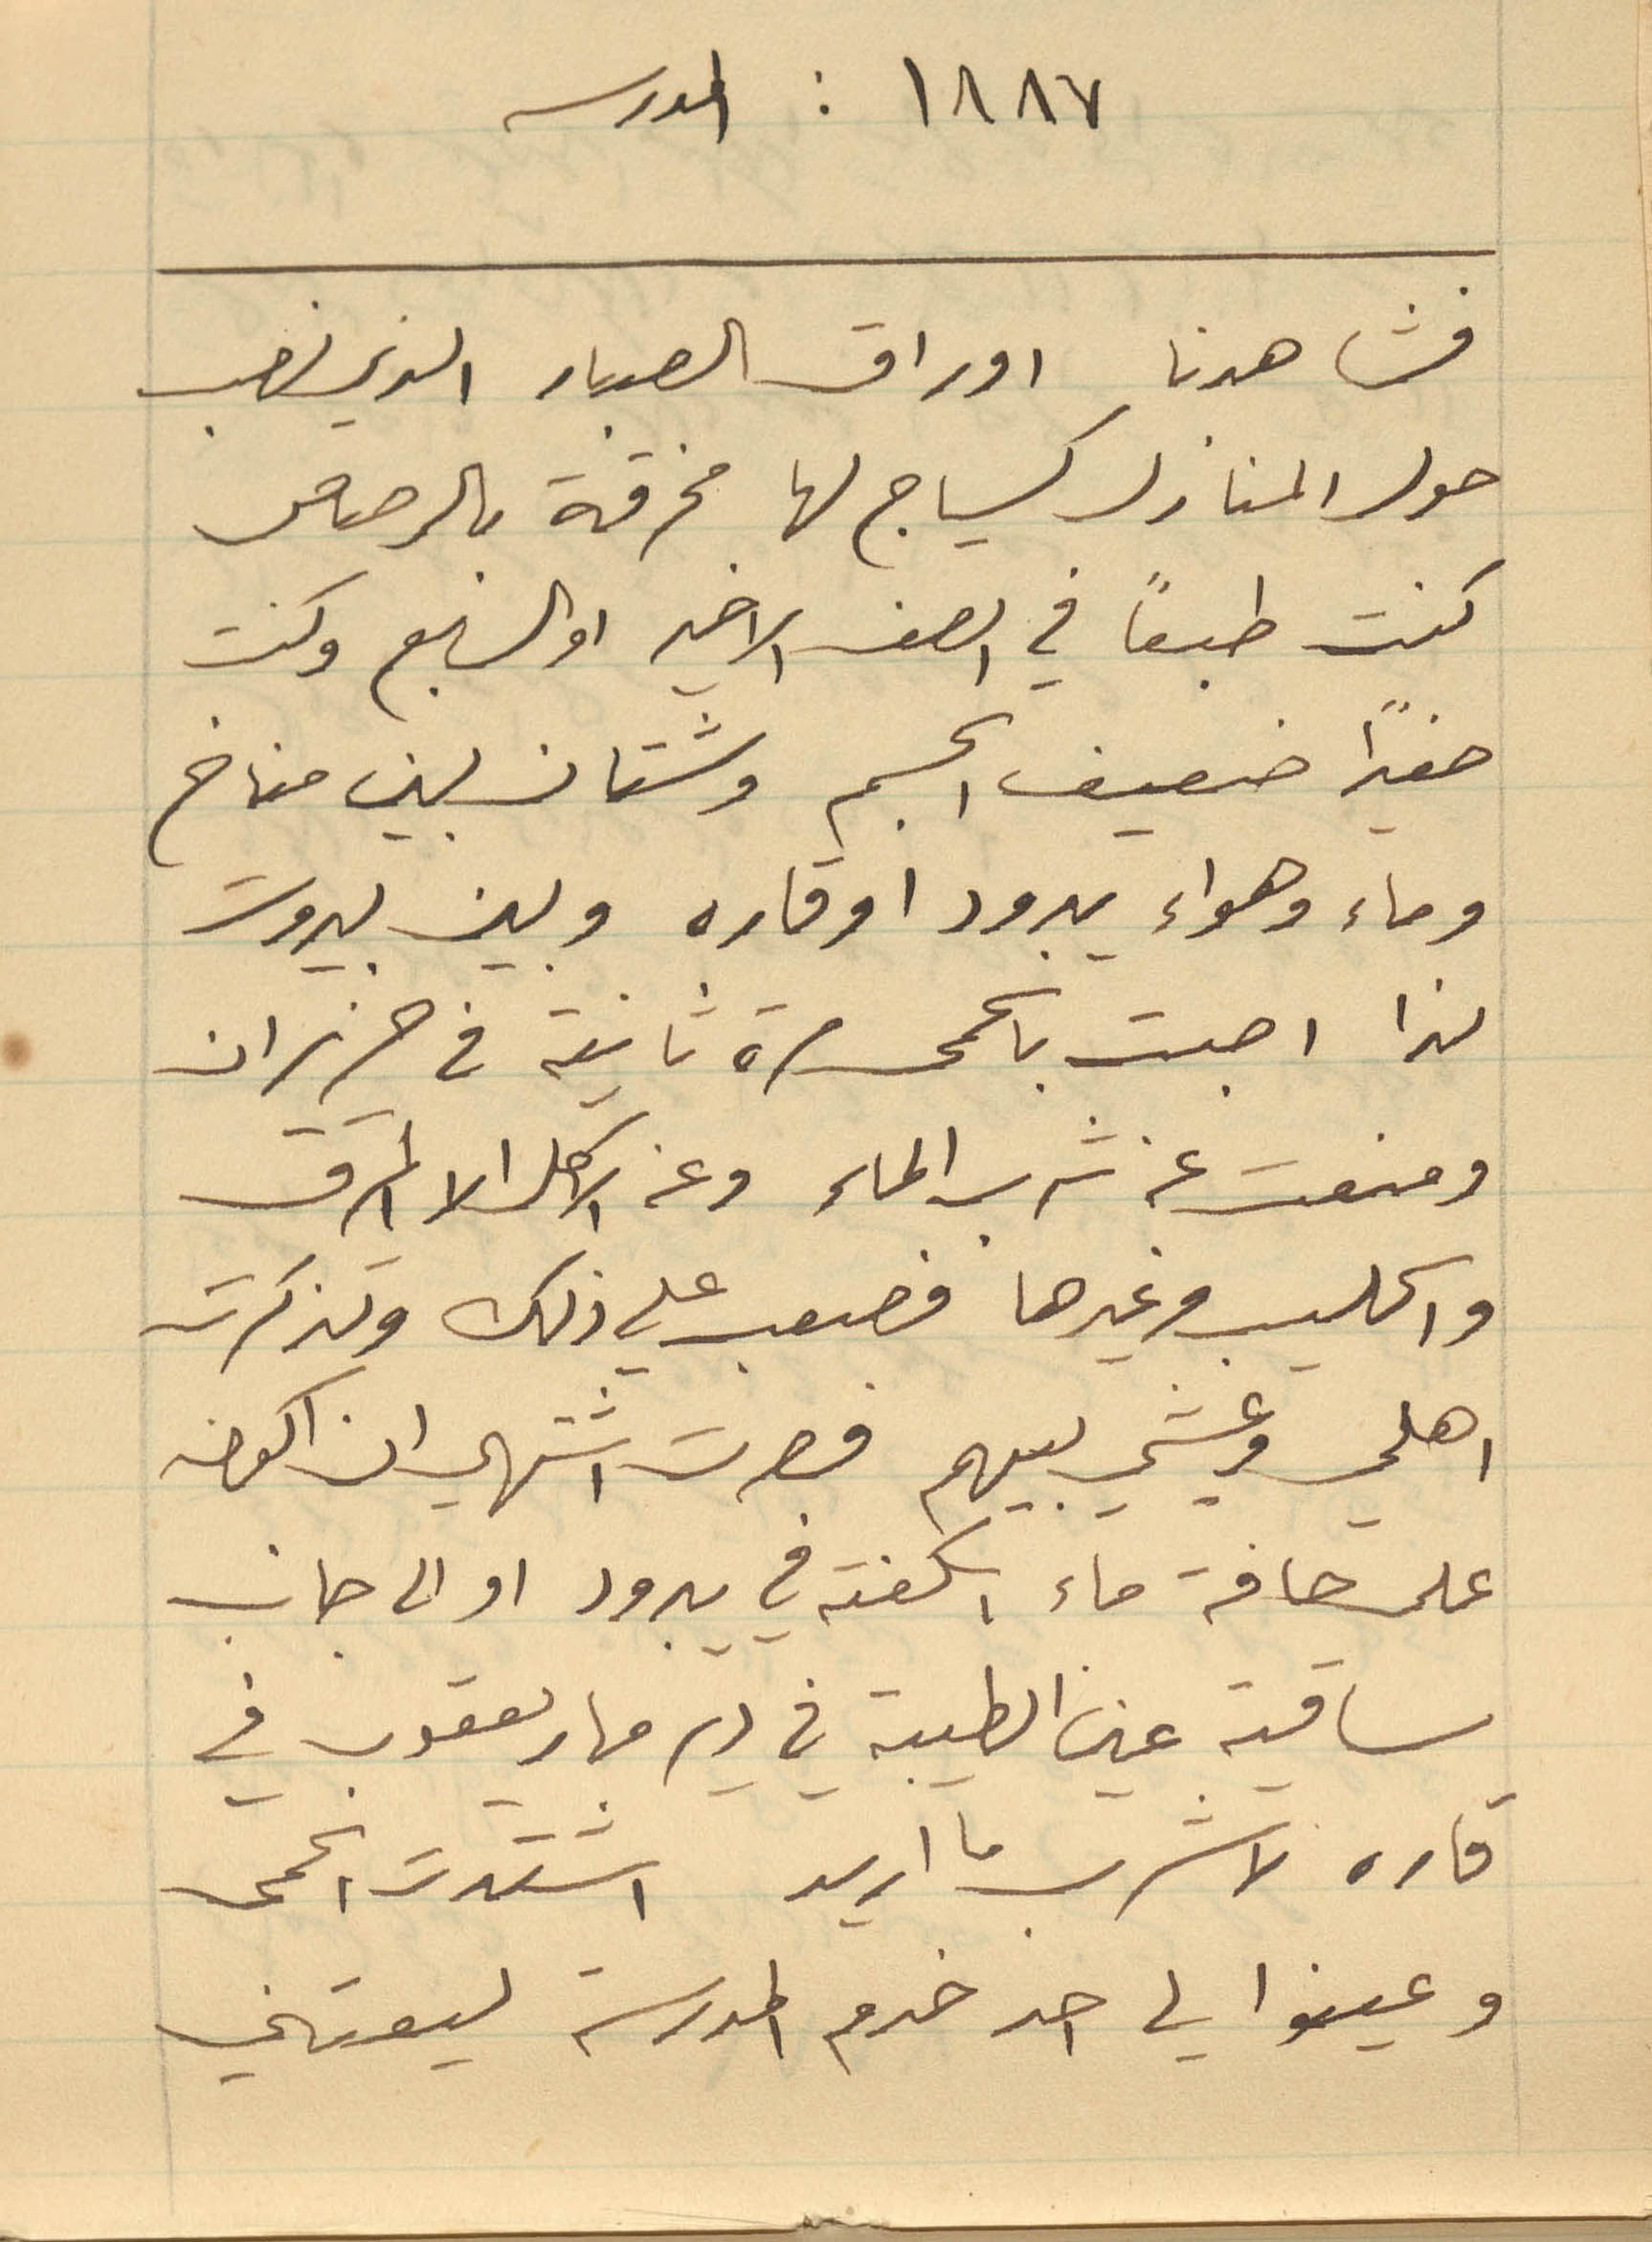
١٨٨٧ : المدرسه
فشاهدنا اوراق الصبار الذي نصب
كنت طبعاً في الصف الاخير او السابع وكنت
صغيراً ضعيف الجسم وشتان بين مناخ
وماء وهواء يبرود او قاره وبين بيروت
لذا اصبت بالحمى مرة ثانية في حزيران
ومنعت عن شرب الماء وعن الاكل الا المرق
والحليب وغيرها فصعب علي ذلك وتذكرت
اهلي وعيشي بينهم فصرت اشتهي ان اكون
على حافة ماء اسكفته في يبرود او الى جانب
قاره لاشرب ما اريد اشتدت الحمى
وعينوا لي احد خدم المدرسة ليعتني
حول المنازل كسياج لها مخرقه بالرصاص
ساقية عين الطيبة في دير مار يعقوب في